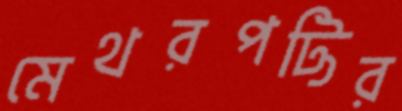
মেথরপট্টির